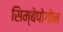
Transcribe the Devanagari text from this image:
सिम्बेपोगोन